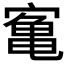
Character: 𫝰